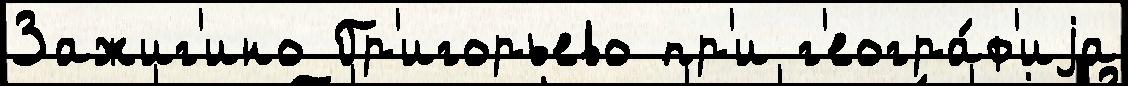
Зажиг'ино Гр'игорьево пр'и г'еогра́ф'иjа